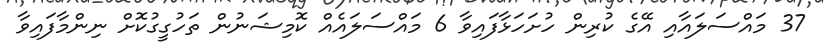
37 މައްސަލައާއި އޭގެ ކުރިން ހުށަހަޅާފައިވާ 6 މައްސަލައެއް ކޮމިޝަނުން ތަހުގީގުކޮށް ނިންމާފައިވާ